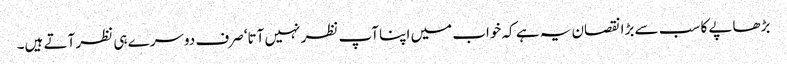
بڑھاپے کا سب سے بڑا نقصان یہ ہے کہ خواب میں اپنا آپ نظر نہیں آتا‘ صرف دوسرے ہی نظر آتے ہیں۔